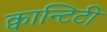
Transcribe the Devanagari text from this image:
क्वान्टिटी